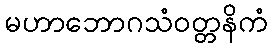
မဟာဘောဂသံဝတ္တနိကံ